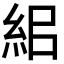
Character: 𥿓